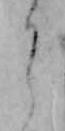
う